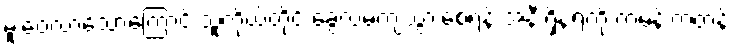
မူးဝေလာသောကြောင့် သူကိုယ်တိုင် ခွေလဲမကျသွားစေရန် အနီးရှိနံရံကို ကမန်းကတန်း